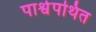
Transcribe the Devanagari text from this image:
पार्श्वपथित